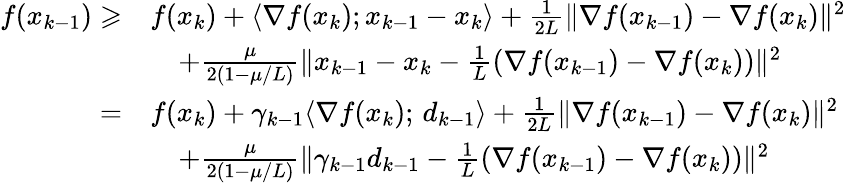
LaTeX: \begin{array}{rl}{f(x_{k-1})\geqslant}&{f(x_{k})+\langle\nabla f(x_{k});x_{k-1}-x_{k}\rangle+\frac{1}{2L}\| \nabla f(x_{k-1})-\nabla f(x_{k})\| ^{2}}\\ &{\quad+\frac{\mu}{2(1-\mu/L)}\| x_{k-1}-x_{k}-\frac{1}{L}(\nabla f(x_{k-1})-\nabla f(x_{k}))\| ^{2}}\\ {=}&{f(x_{k})+\gamma_{k-1}\langle\nabla f(x_{k});\, d_{k-1}\rangle+\frac{1}{2L}\| \nabla f(x_{k-1})-\nabla f(x_{k})\| ^{2}}\\ &{\quad+\frac{\mu}{2(1-\mu/L)}\| \gamma_{k-1}d_{k-1}-\frac{1}{L}(\nabla f(x_{k-1})-\nabla f(x_{k}))\| ^{2}}\end{array}